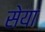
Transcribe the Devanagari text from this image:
सेया